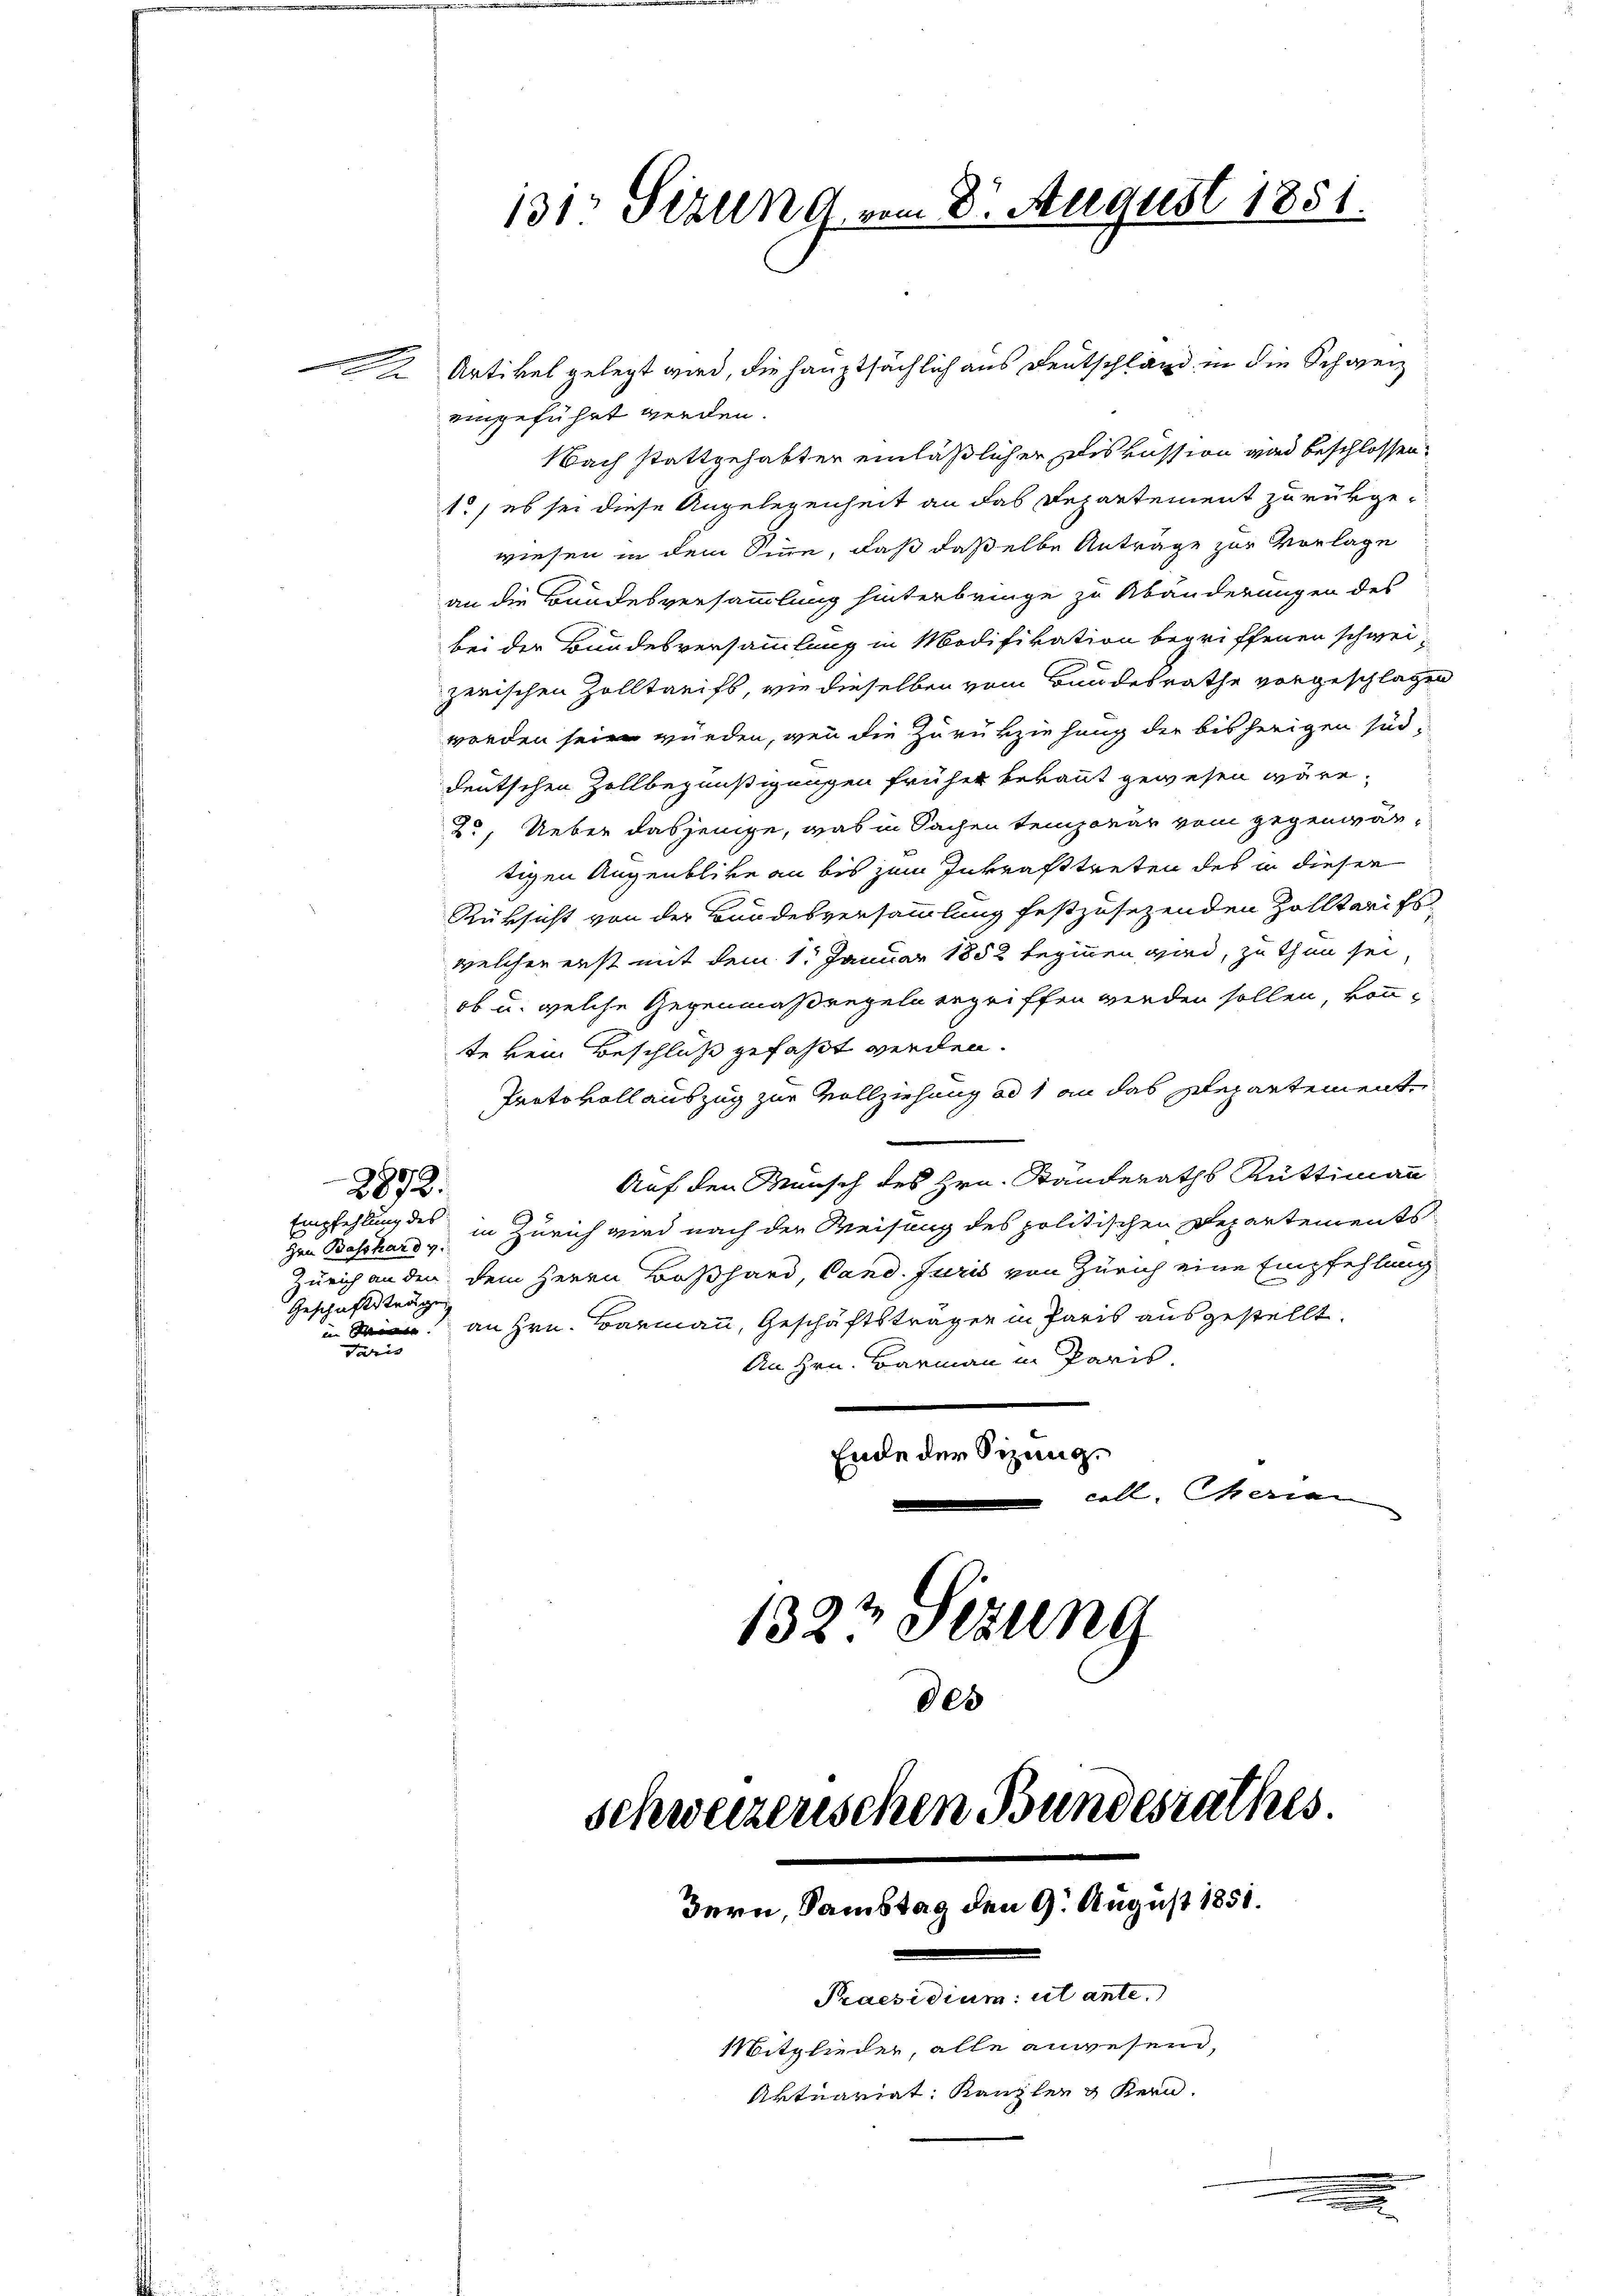
Nach stattgehabter einläßlicher Diskussion wird beschlossen:
1./ es sei diese Angelegenheit an das Departement zurükgewiesen in dem Sinne, daß daßelbe Anträge zur Vorlage
an die Bundesversammlung hinterbringe zu Abänderungen des
bei der Bundesversammlung in Modifikation begriffenen schweizerischen Zolltarifs, wie dieselben vom Bundesrathe vorgeschlagen
worden seien würden, wenn die Zurükziehung der bisherigen süd-
deutschen Zollbegünstigungen früher bekannt gewesen wäre,
2. Ueber dasjenige, was in Sachen temporar vom gegenwärtigen Augenblicke an bis zum Inkrafttreten des in dieser
Rüksicht von der Bundesversammlung festzusetzenden Zolltarifs
welcher erst mit dem 1. Januar 1852 beginnen wird, zu thun sei
ob u. welche Gegenmaßregeln ergriffen werden sollen, könnte kein Beschluß gefaßt werden.
Protokoll auszug zur Vollziehung ad 1 an das Departement
Auf den Wunsch des Hrn. Ständeraths Rüttimann
2872.
Empfehlung des
zen Beschard u. in Zürich wird nach der Weisung des politischen Departements
Zürich an den dem Herrn Boßhard, Cand. Juris von Zürich eine Empfehlung
Geschäftsträgen
 an Hrn. Barmann, Geschäftsträgen in Paris ausgestellt.
Terris
An Hrn. Barmann in Paris.
Ende der Sizung.
coll. Gerien

2 Artikel gelegt wird, die hauptsächlich aus Deutschland in die Schweiz
eingeführt werden.

131 Sirung vom 8. August 1851.

1323 Sezung
des
schweizerischen Bundesrathes.
Bern, Samstag den 9. August 1851.
Praesidium ut ante.
Mitglieder, alle anwesend,
Artuariat Kanzler & Kern.